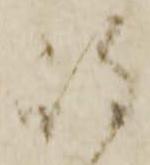
嶋